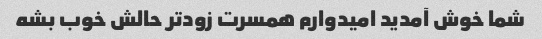
شما خوش آمدید امیدوارم همسرت زودتر حالش خوب بشه